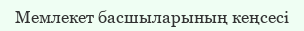
Мемлекет басшыларының кеңсесі